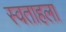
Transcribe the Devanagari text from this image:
स्वताहला